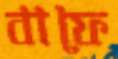
বাফে